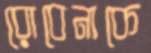
রোবেনাকে